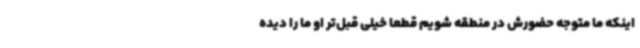
اینکه ما متوجه حضورش در منطقه شویم قطعا خیلی قبل‌تر او ما را دیده